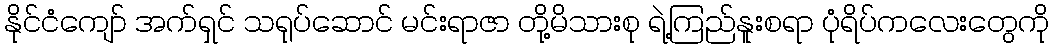
နိုင်ငံကျော် အက်ရှင် သရုပ်ဆောင် မင်းရာဇာ တို့မိသားစု ရဲ့ကြည်နူူးစရာ ပုံရိပ်ကလေးတွေကို